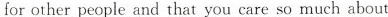
for other people and that you care so much about